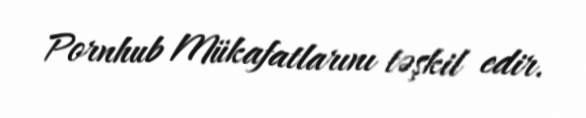
Pornhub Mükafatlarını təşkil edir.